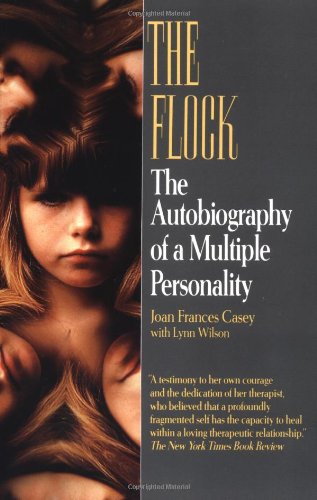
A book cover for The Flock: The Autobiography of a Multiple Personality; Joan Frances Casey; Medical Books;